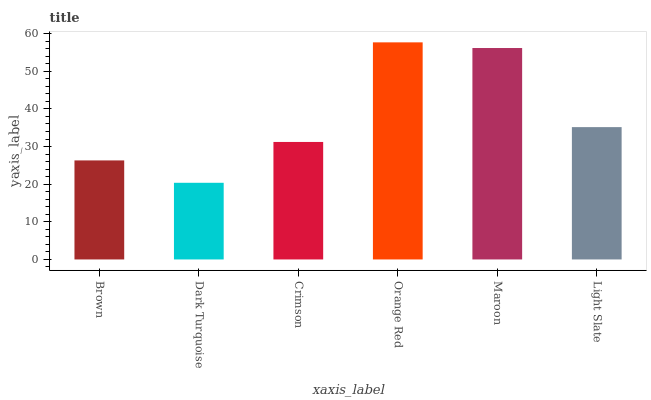
| xaxis_label | bars |
 | --- | --- |
 | Brown | 26.3 |
 | Dark Turquoise | 20.4 |
 | Crimson | 31.2 |
 | Orange Red | 57.7 |
 | Maroon | 56.2 |
 | Light Slate | 35.2 |